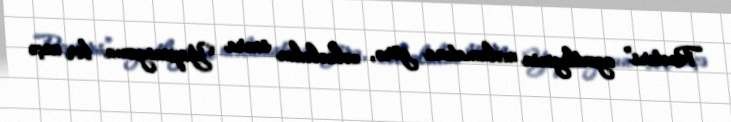
“Reuters” agentliyinin məlumatına görə, zəlzələdən sonra Yaponiyanın bir neçə